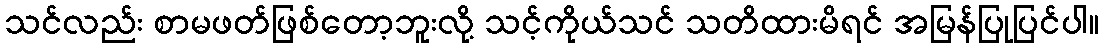
သင်လည်း စာမဖတ်ဖြစ်တော့ဘူးလို့ သင့်ကိုယ်သင် သတိထားမိရင် အမြန်ပြုပြင်ပါ။